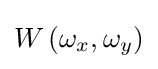
W\left(\omega _{x},\omega _{y}\right)